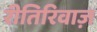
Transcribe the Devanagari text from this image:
रीतिरिवाज़